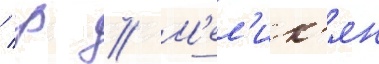
/ р // М'ел'ик'ян